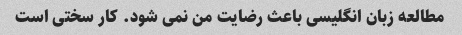
مطالعه زبان انگلیسی باعث رضایت من نمی شود. کار سختی است